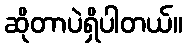
ဆိုတာပဲရှိပါတယ်။